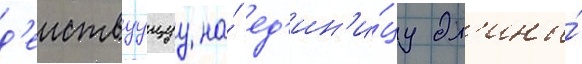
д'еиствуущуу на́ ед'ин'и́цу дл'ины́